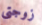
زوجتى